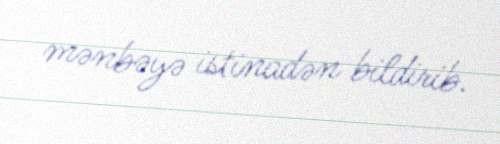
mənbəyə istinadən bildirib.